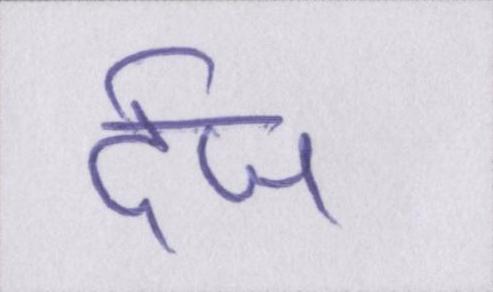
र्दज